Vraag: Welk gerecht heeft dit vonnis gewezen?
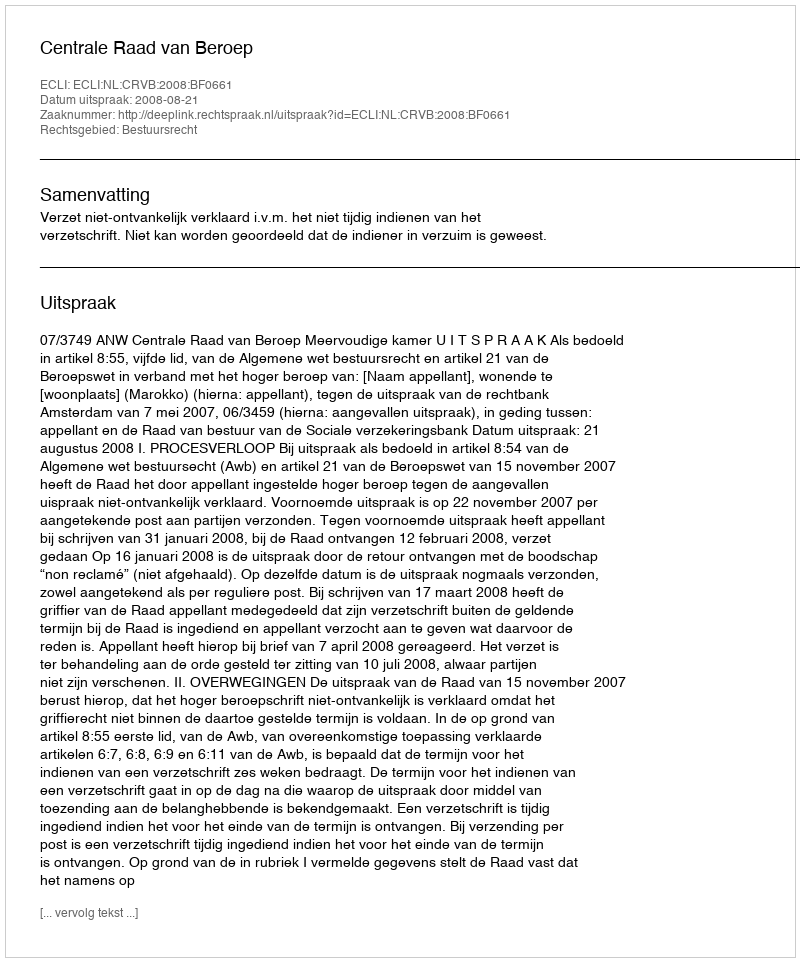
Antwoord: Centrale Raad van Beroep